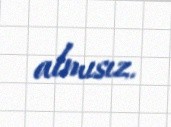
almısız.